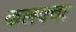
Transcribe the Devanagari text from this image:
कलक्‍त्ता